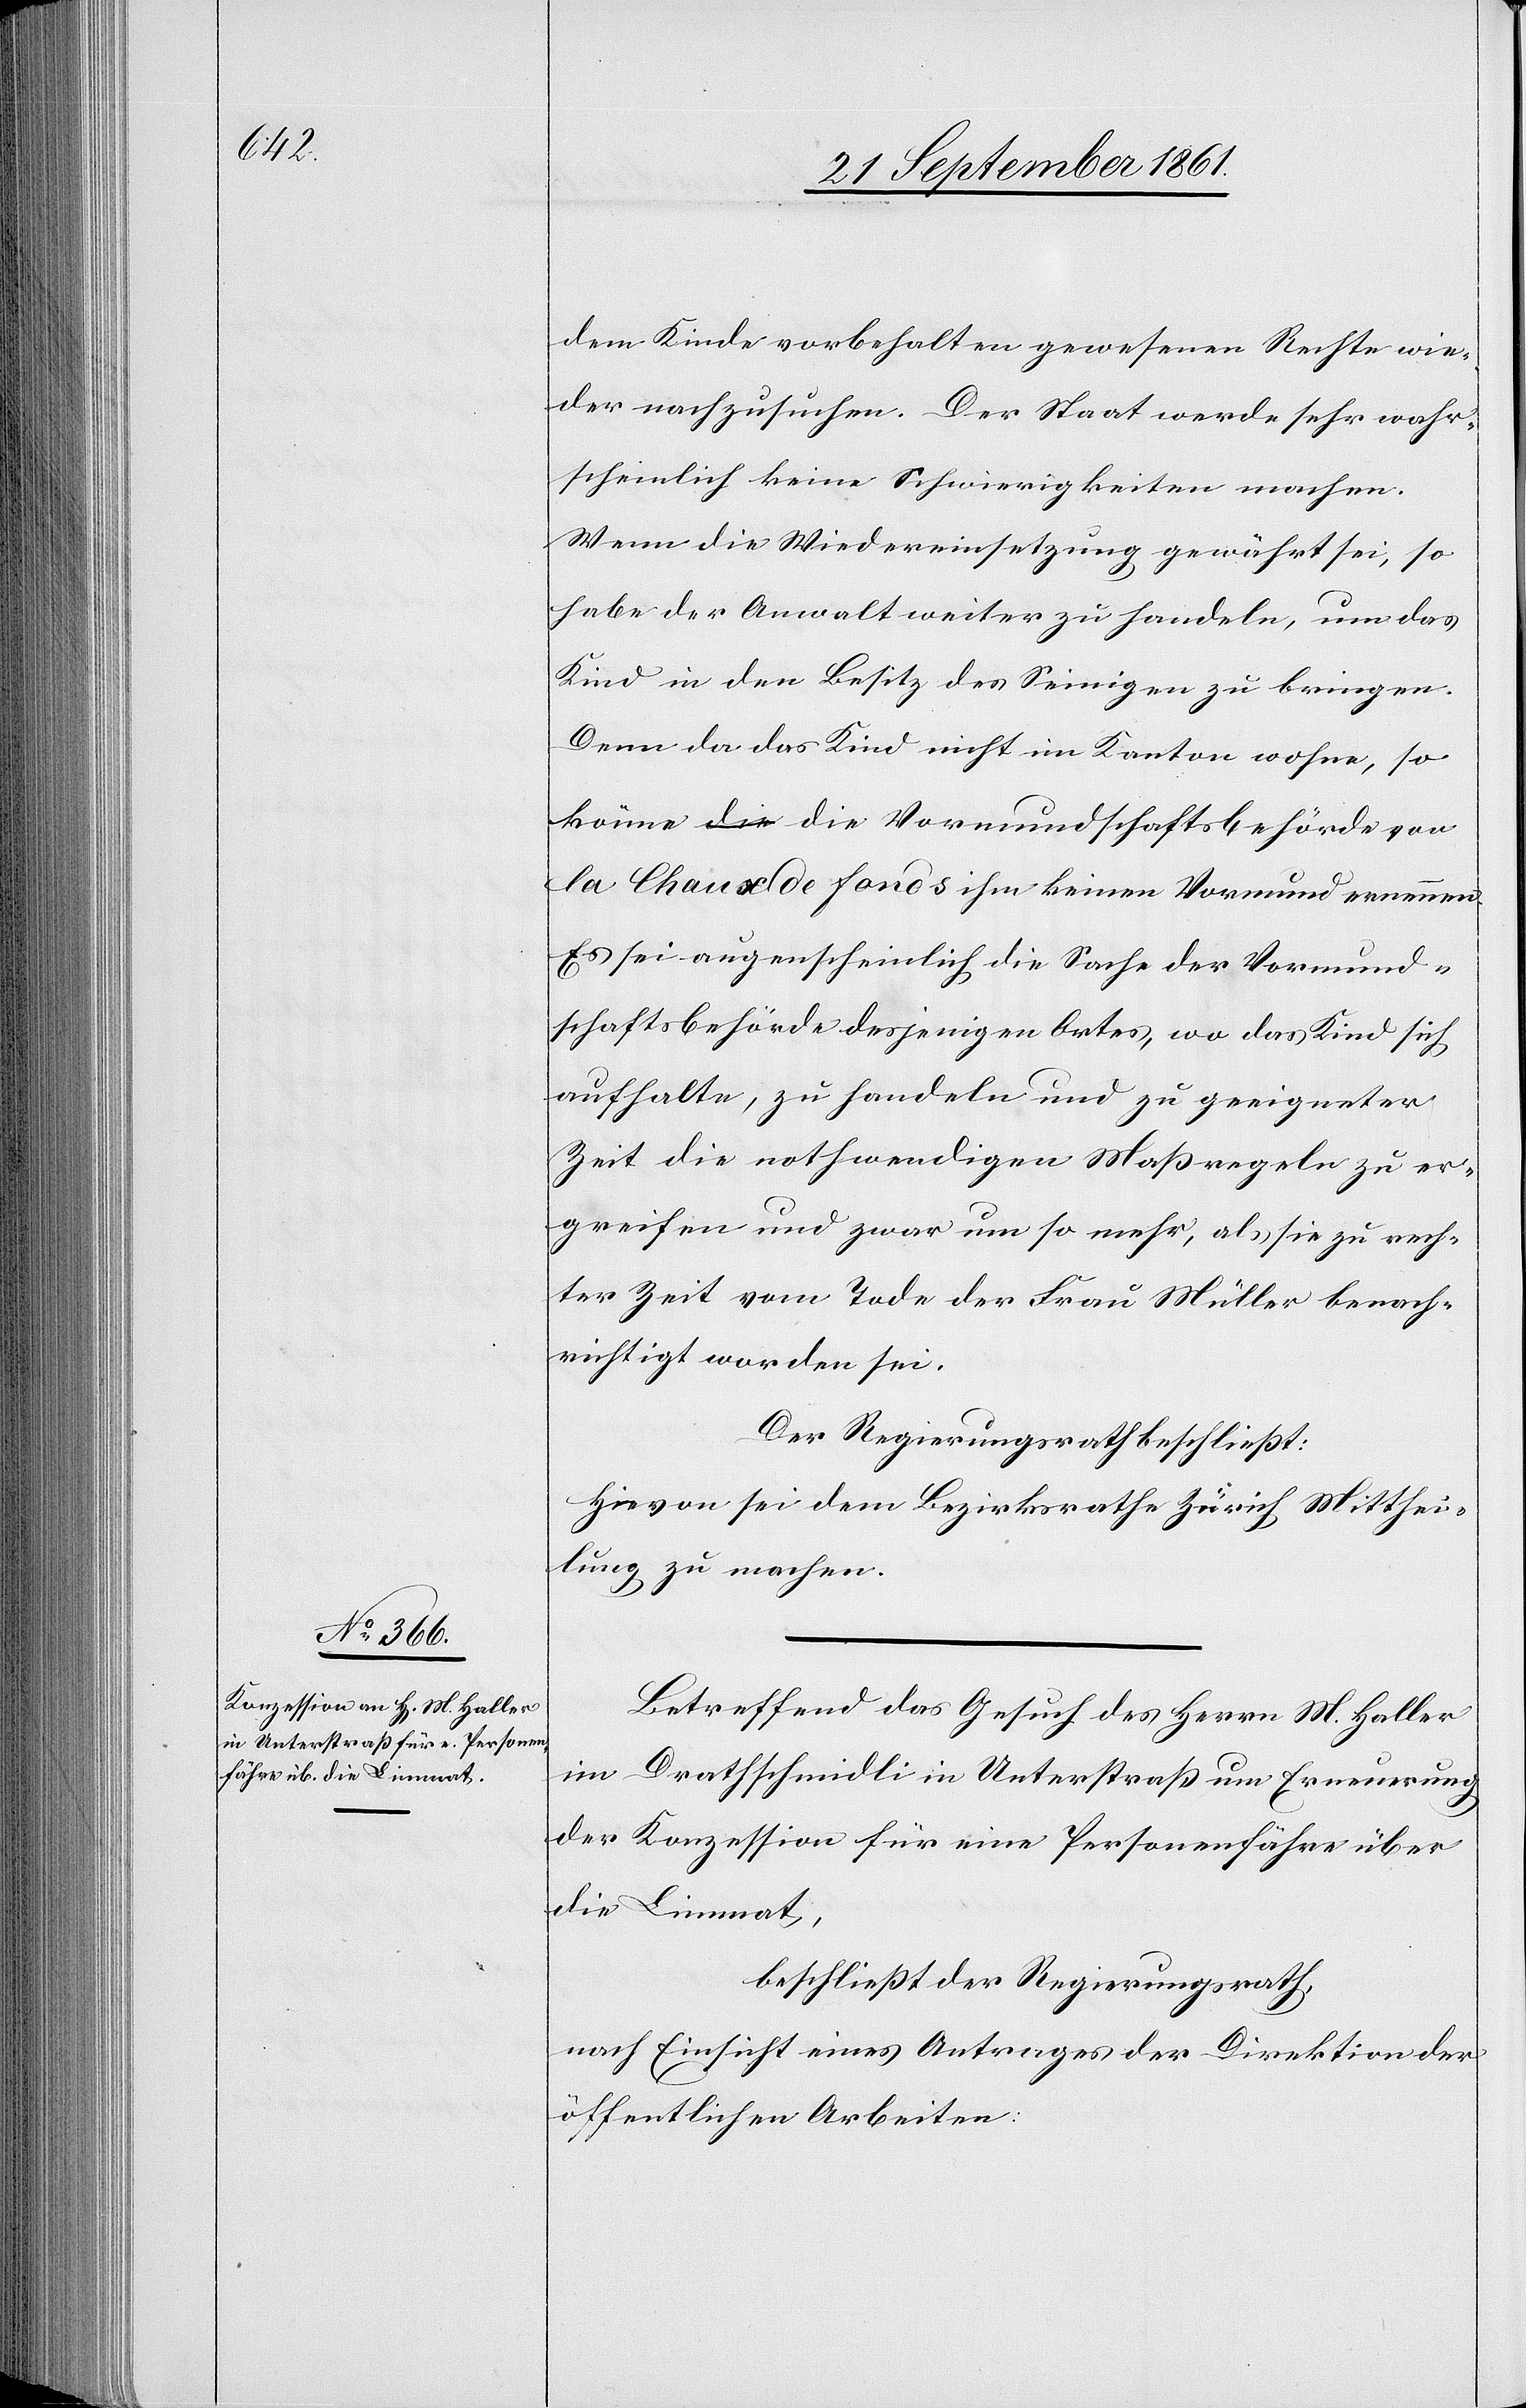
(benach¬

dem Kinde vorbehalten gewesenen Rechte wie¬
der nachzusuchen. Der Staat werde sehr wahr¬
scheinlich keine Schwierigkeiten machen.
Wenn die Wiedereinsetzung gewährt sei, so
habe der Anwalt weiter zu handeln, um das
Kind in den Besitz des Seinigen zu bringen.
Denn da das Kind nicht im Kanton wohne, so
könne die Vormundschaftsbehörde von
la Chaux de Fonds ihm keinen Vormund ernennen.
Es sei augenscheinlich die Sache der Vormund¬
schaftsbehörde desjenigen Ortes, wo das Kind sich
aufhalte, zu handeln zu geeigneter
Zeit die nothwendigen Maßregeln zu er¬
greifen und zwar um so mehr, als sie zu rech¬
ter Zeit vom Tode der Frau Müller berech¬
richtigt) worden sei.
Der Regierungsrath beschließt:
Hievon sei dem Bezirksrathe Zürich Mitthei¬
lung zu machen.
Betreffend das Gesuch des Herrn M. Haller
im Drathschmidli in Unterstraß um Erneuerung
der Konzession für eine Personenfähre über
die Limmat,
beschließt der Regierungsrath,
nach Einsicht eines Antrages der Direktion der
öffentlichen Arbeiten,